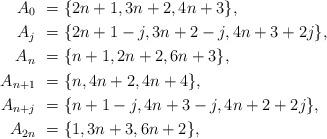
LaTeX: \begin{align*} A_0 \ = \ &\{ 2n+1, 3n+2, 4n+3 \}, \\ A_j \ = \ &\{ 2n+1-j, 3n+2-j, 4n+3+2j \}, \\ A_n \ = \ &\{ n+1, 2n+2, 6n+3 \}, \\ A_{n+1} \ = \ &\{ n, 4n+2, 4n+4 \}, \\ A_{n+j} \ = \ &\{ n+1-j, 4n+3-j, 4n+2+2j \}, \\ A_{2n} \ = \ &\{ 1, 3n+3, 6n+2 \}, \\ \end{align*}